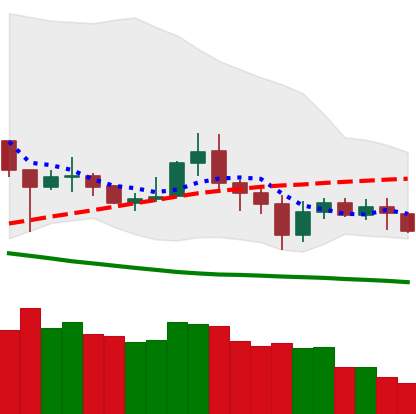
Ticker: NEO-USD
Chart end date: 2020-07-03
Forward return: 12.883%
Label: up_7plus